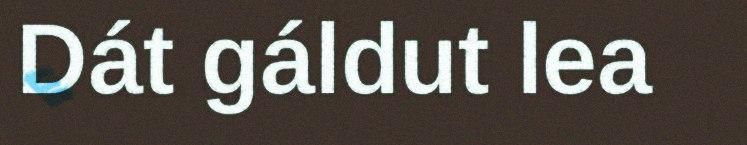
Dát gáldut lea